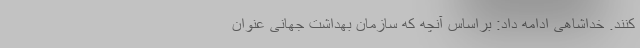
کنند. خداشاهی ادامه داد: براساس آنچه که سازمان بهداشت جهانی عنوان